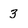
Character: 3